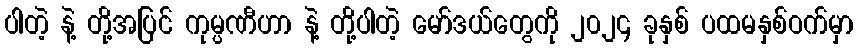
ပါတဲ့ နဲ့ တို့အပြင် ကုမ္ပဏီဟာ နဲ့ တို့ပါတဲ့ မော်ဒယ်တွေကို ၂၀၂၄ ခုနှစ် ပထမနှစ်ဝက်မှာ